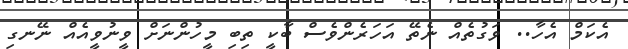
އެކަމް އެހާ.. ވަގުތެއް ނެތޭ އަހަރެންވެސް ބާކީ ތިބި މީހުންނަށް ވީނުވީއެއް ނޭނގި